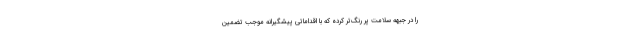
را در جبهه سلامت پر رنگ‌تر کرده که با اقداماتی پیشگیرانه موجب تضمین